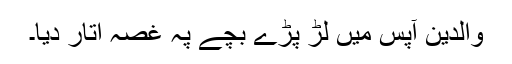
والدین آپس میں لڑ پڑے بچے پہ غصہ اتار دیا۔